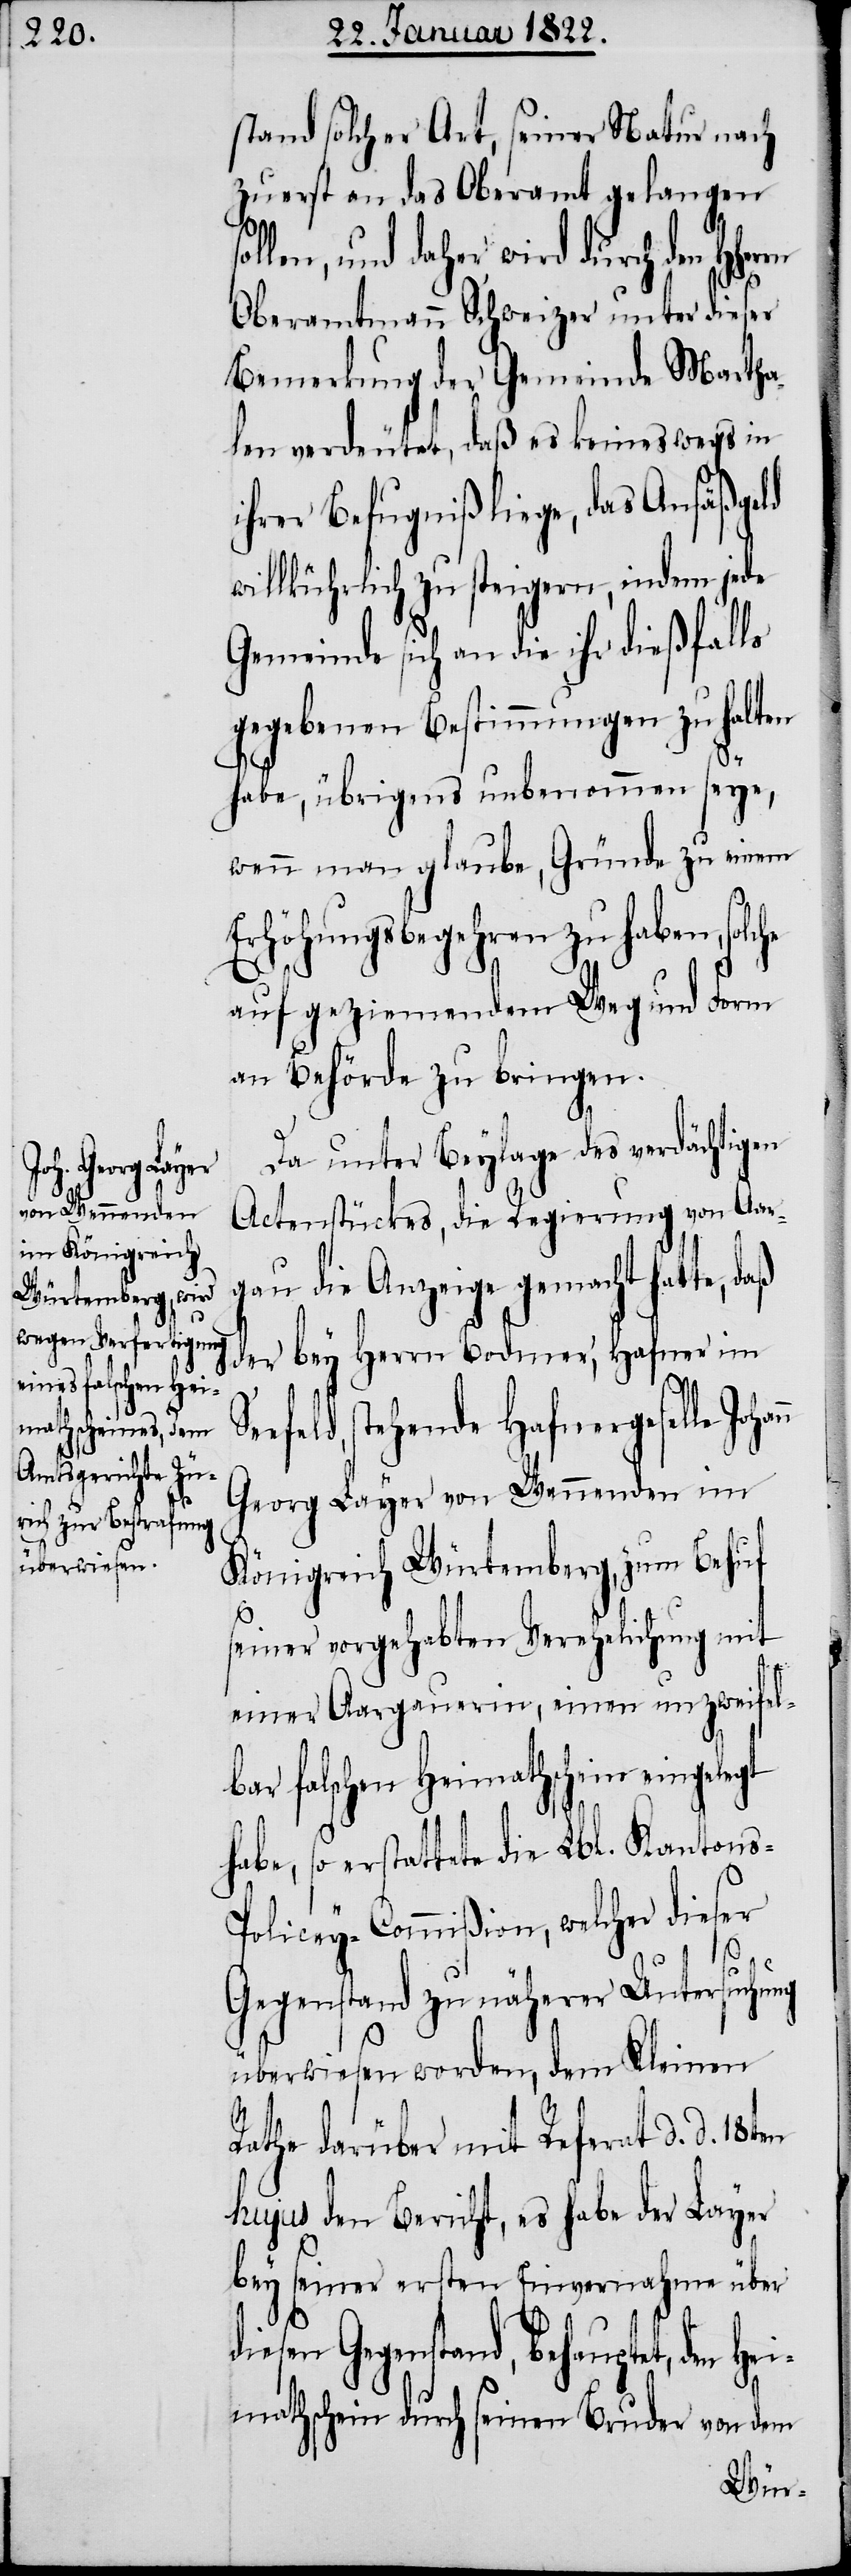
gt

stand solcher Art, seiner Natur nach
zuerst an das Oberamt gelangen
len, und daher wird durch den
Oberamtmann Schweizer unter dieser
Bemerkung der Gemeinde Martha¬
len verdeutet, daß es keineswegs in
ihrer Befugniß liege, das Ansäßgeld
willkührlich zu steigern, indem jede
Gemeinde sich an die ihr dießfalls
gegebenen Bestimmungen zu halten
Se¬
habe, übrigens unbenommen seye,
wenn man glaube, Gründe zu einem
Erhöhungsbegehren zu haben, sol¬
auf geziemendem Weg und Form
an Behörde zu bringen.
Da unter Beylage des verdächtigen
Actenstückes, die Regierung von Aar¬
gau die Anzeige gemacht hatte,
der bey Herrn Bodmer, Hafner im
efeld, stehende Hafnergeselle
Georg Layer von Wennenden im
Königreich Würtemberg, zum Behuf
seiner vorgehabten Verehelichung mit
einer Aargauerin, einen unzweifel¬
bar falschen Heimathschein eingele¬
habe, so erstattete die Lbl. Kantons-P¬
olicey-Commißion, welcher dieser
Gegenstand zu näherer Untersuchung
überwiesen worden, dem Kleinen
Rathe darüber mit Referat d. d.
hujus den Bericht, es habe der Layer
bey seiner ersten Einvernahme über
ehauptet, den He¬
imathschein durch seinen Bruder von dem